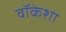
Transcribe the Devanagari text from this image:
वॉकेशा